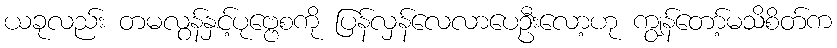
ယခုလည်း တမလွန်နှင့်ပုဗ္ဗေစကို ပြန်လှန်လေလာပေဦးလော့ဟု ကျွန်တော့်မသိစိတ်က